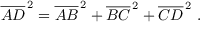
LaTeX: { \overline { { A D } } } ^ { \, 2 } = { \overline { { A B } } } ^ { \, 2 } + { \overline { { B C } } } ^ { \, 2 } + { \overline { { C D } } } ^ { \, 2 } \ .